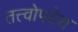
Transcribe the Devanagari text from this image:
तत्त्वोपदेश